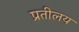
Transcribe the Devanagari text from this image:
प्रतीलय